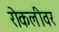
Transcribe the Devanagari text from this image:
रोकलीवर